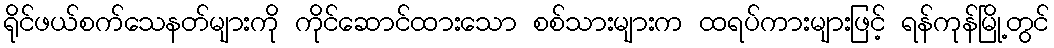
ရိုင်ဖယ်စက်သေနတ်များကို ကိုင်ဆောင်ထားသော စစ်သားများက ထရပ်ကားများဖြင့် ရန်ကုန်မြို့တွင်